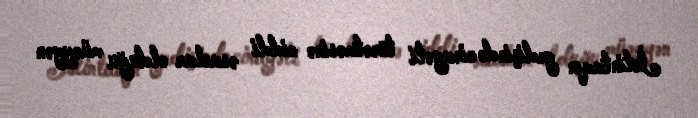
İstintaqın gedişində cinayəti törətməsinə ciddi əsaslar olduğu müəyyən